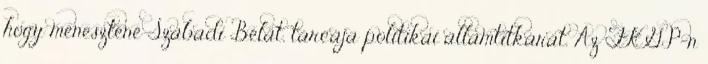
hogy menesztené Szabadi Bélát, tárcája politikai államtitkárát. Az FKGP-n